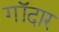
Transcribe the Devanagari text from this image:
गॉदार